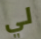
لي